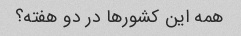
همه این کشورها در دو هفته؟